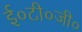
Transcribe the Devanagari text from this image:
ई०टी०जी०